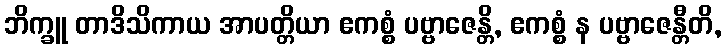
ဘိက္ခူ တာဒိသိကာယ အာပတ္တိယာ ဧကစ္စံ ပဗ္ဗာဇေန္တိ, ဧကစ္စံ န ပဗ္ဗာဇေန္တီတိ,